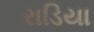
રાડિયા